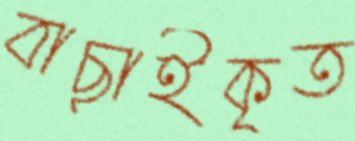
বাছাইকৃত